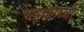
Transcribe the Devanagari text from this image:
भट्टकाव्यों